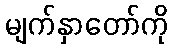
မျက်နှာတော်ကို